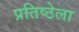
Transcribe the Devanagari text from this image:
प्रतिष्ठेला